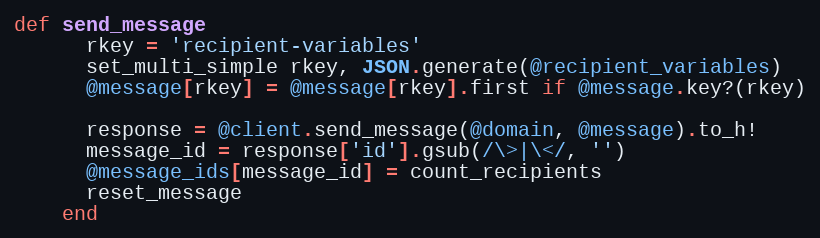
Language: Ruby
def send_message
      rkey = 'recipient-variables'
      set_multi_simple rkey, JSON.generate(@recipient_variables)
      @message[rkey] = @message[rkey].first if @message.key?(rkey)

      response = @client.send_message(@domain, @message).to_h!
      message_id = response['id'].gsub(/\>|\</, '')
      @message_ids[message_id] = count_recipients
      reset_message
    end